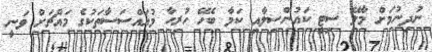
ނުދިނުމަށް މާލޭ ސިޓީ ކައުންސިލާއި ކަމާ ބެހޭ ހުރިހާ މުއައްސަސާތަކުގެ މައްޗަށް ވަނީ